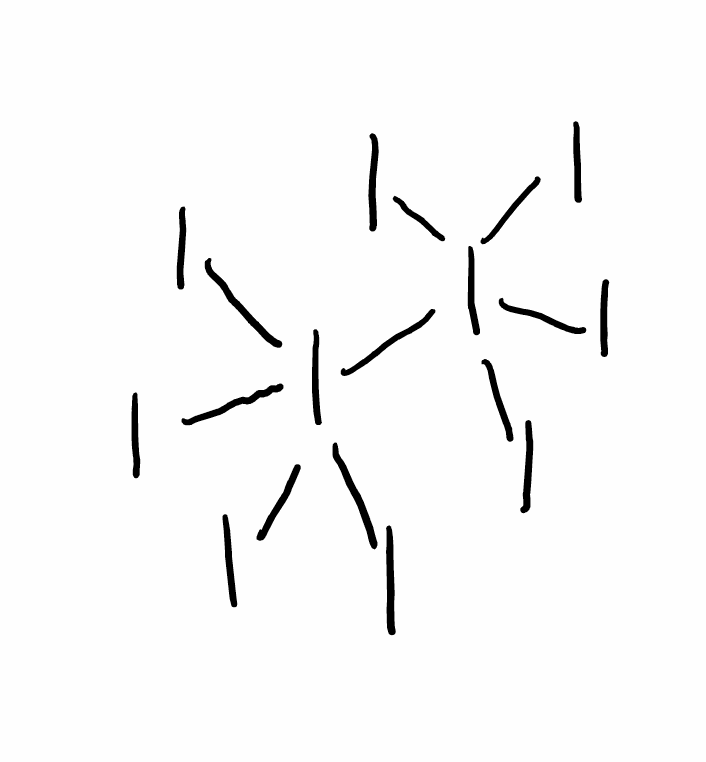
Simplified molecular-input line-entry system (SMILES) notation of the given molecule:
II(I)(I)(I)I(I)(I)(I)I